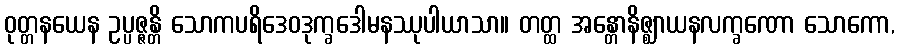
ဝုတ္တနယေန ဥပ္ပဇ္ဇန္တိ သောကပရိဒေဝဒုက္ခဒေါမနဿုပါယာသာ။ တတ္ထ အန္တောနိဇ္ဈာယနလက္ခဏော သောကော,